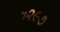
૧૨૯૭